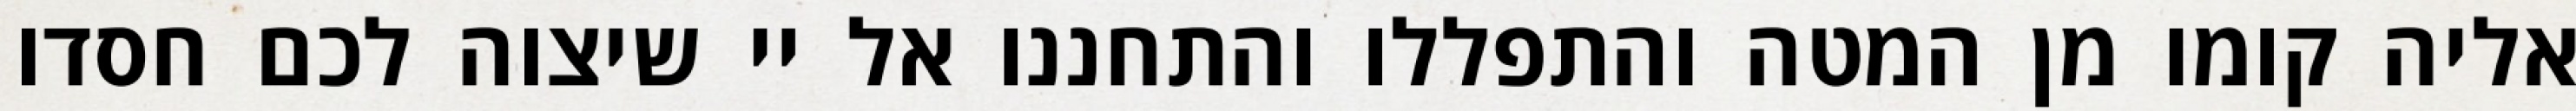
אליה קומו מן המטה והתפללו והתחננו אל יי שיצוה לכם חסדו